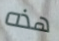
هذه